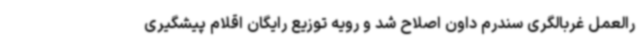
رالعمل غربالگری سندرم داون اصلاح شد و رویه توزیع رایگان اقلام پیشگیری